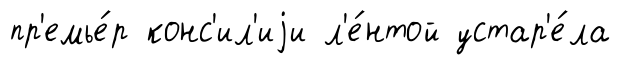
пр'емье́р конс'ил'иjи л'е́нтой устар'е́ла